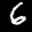
Label: 6